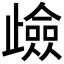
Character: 𭭶